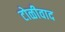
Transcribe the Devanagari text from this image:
टोळीवाद